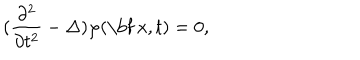
( \frac { \partial ^ { 2 } } { \partial t ^ { 2 } } - \Delta ) \varphi ( \mathrm { \bf ~ x } , t ) = 0 ,